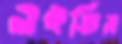
লইতিস